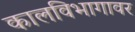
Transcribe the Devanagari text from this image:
कालविभागावर